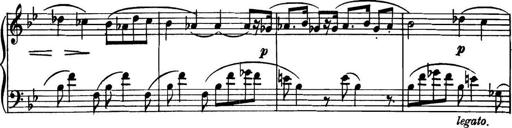
Title: Piano Sonatina in G minor
Composer: John Blackwood McEwen
Key: G minor